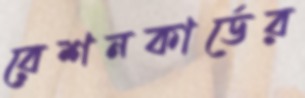
রেশনকার্ডের